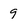
Character: 9